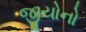
જીયોનો